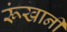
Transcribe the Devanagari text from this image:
रूंखानी